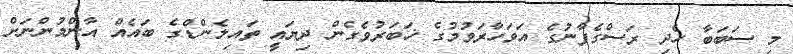
މި ސަބަބާ ހެދި ރަސްގެފާނުގެ އަވަހާރަވުމުގެ ޚަބަރުވެގެން ދިޔައީ ތައިލެންޑްގެ ބައެއް އާންމުންނަށް